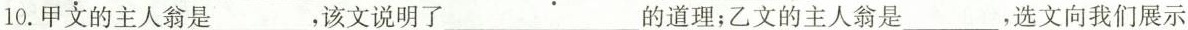
10.甲文的主人翁是___，该文说明了___的道理；乙文的主人翁是___，选文向我们展示